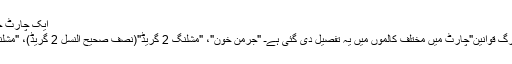
ایک چارٹ جس کا عنوان ہے: ". نسل سے متعلق نیورمبرگ قوانین"
ایک چارٹ جس کا عنوان ہے: "نسل سے متعلق نیورمبرگ قوانین"چارٹ میں مختلف کالموں میں یہ تفصیل دی گئی ہےـ "جرمن خون"، "مشلنگ 2 گریڈ"(نصف صحیح النسل 2 گریڈ)، "مشلنگ 1 گریڈ" (نصف صحیح النسل 1 گریڈ) اور "یہودی"۔